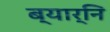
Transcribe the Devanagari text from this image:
ब्यार्नि